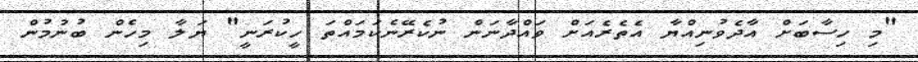
"މި ހިސާބަށް އާދެވުނިއްޔާ އެތެރެއަށް ވައްދާނަން ނުކެރޭނެކަމައްތަ ހީކުރަނީ" ޔަލާ މިހެން ބުނުމުން